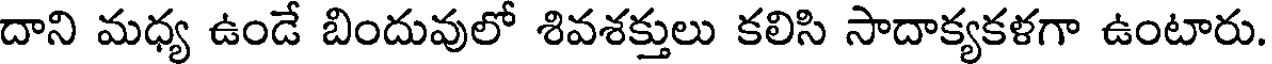
దాని మధ్య ఉండే బిందువులో శివశక్తులు కలిసి సాదాక్యకళగా ఉంటారు